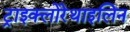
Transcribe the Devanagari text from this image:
ट्राइक्लोरेथाइलिन